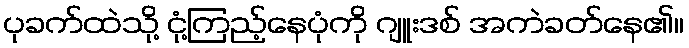
ပုခက်ထဲသို့ ငုံ့ကြည့်နေပုံကို ဂျူးဒစ် အကဲခတ်နေ၏။